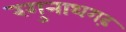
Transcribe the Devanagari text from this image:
रगुनाथगढ़